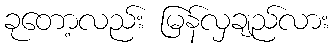
ခုတော့လည်း မြန်လှချည်လား